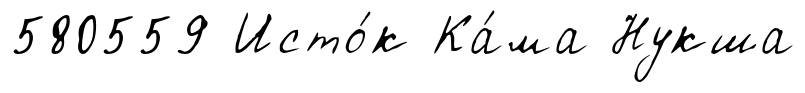
580559 Исто́к Ка́ма Нукша